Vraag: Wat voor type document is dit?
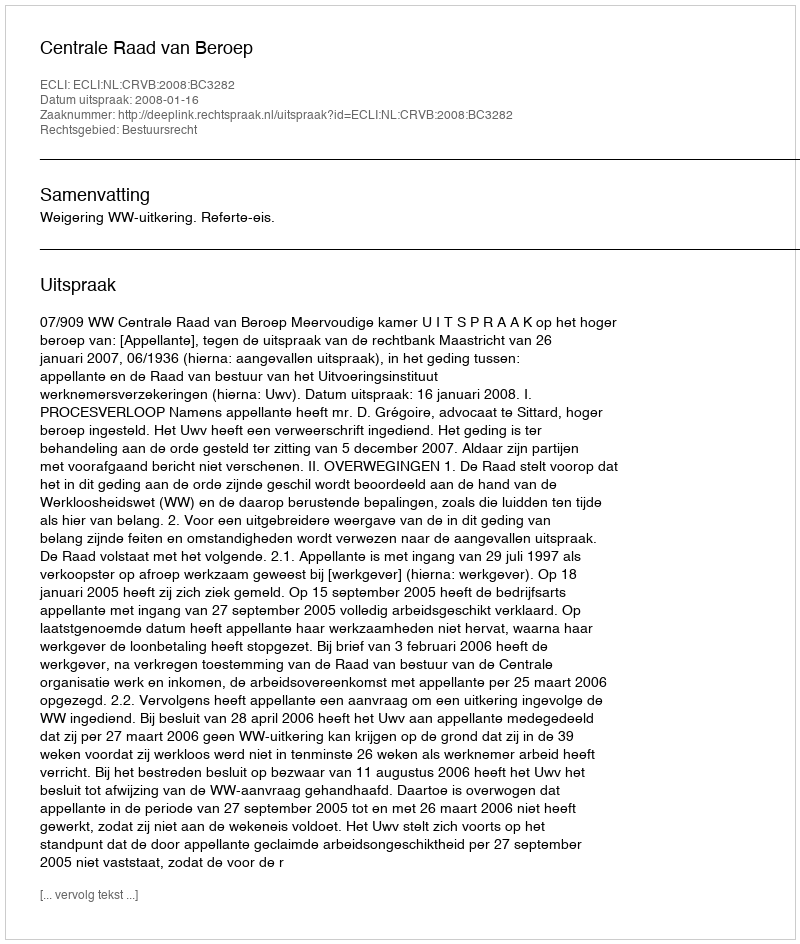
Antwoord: Uitspraak